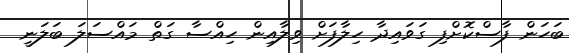
ބަހަން ފާސްކޮށްފި ގަވައިދާ ހިލާފަށް ވިލާއިން ހިއްސާ ގަތް މައްސަލަ ބަލަނީ